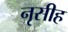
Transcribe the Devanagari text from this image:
नृसीह